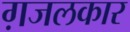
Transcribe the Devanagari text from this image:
ग़जलकार